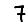
Digit: 7